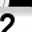
Digit: 2